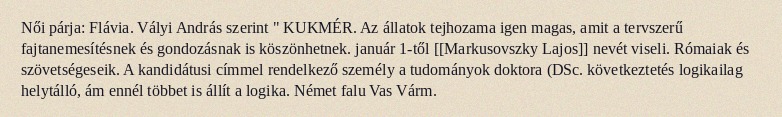
Női párja: Flávia. Vályi András szerint " KUKMÉR. Az állatok tejhozama igen magas, amit a tervszerű fajtanemesítésnek és gondozásnak is köszönhetnek. január 1-től [[Markusovszky Lajos]] nevét viseli. Rómaiak és szövetségeseik. A kandidátusi címmel rendelkező személy a tudományok doktora (DSc. következtetés logikailag helytálló, ám ennél többet is állít a logika. Német falu Vas Várm.